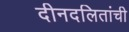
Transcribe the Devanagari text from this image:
दीनदलितांची